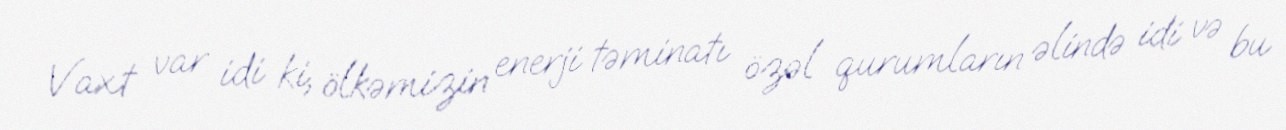
Vaxt var idi ki, ölkəmizin enerji təminatı özəl qurumların əlində idi və bu